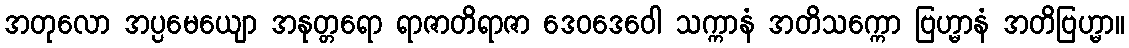
အတုလော အပ္ပမေယျော အနုတ္တရော ရာဇာတိရာဇာ ဒေဝဒေဝေါ သက္ကာနံ အတိသက္ကော ဗြဟ္မာနံ အတိဗြဟ္မာ။